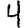
Digit: 4